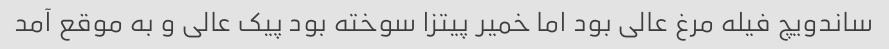
ساندویچ فیله مرغ عالی بود اما خمیر پیتزا سوخته بود پیک عالی و به موقع آمد